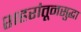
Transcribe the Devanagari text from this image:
शहरांतूनसुद्धा